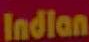
Indian